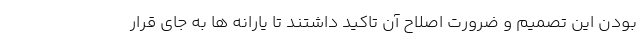
بودن این تصمیم و ضرورت اصلاح آن تاکید داشتند تا یارانه ها به جای قرار